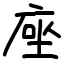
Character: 𫝶